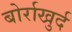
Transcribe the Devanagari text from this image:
बोर्राखुर्द